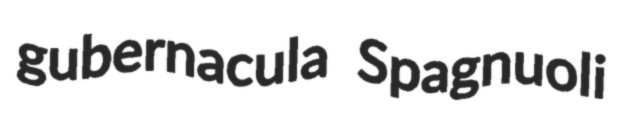
gubernacula Spagnuoli